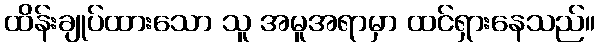
ထိန်းချုပ်ထားသော သူ အမူအရာမှာ ထင်ရှားနေသည်။